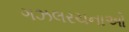
ગઝલરચનાઓ